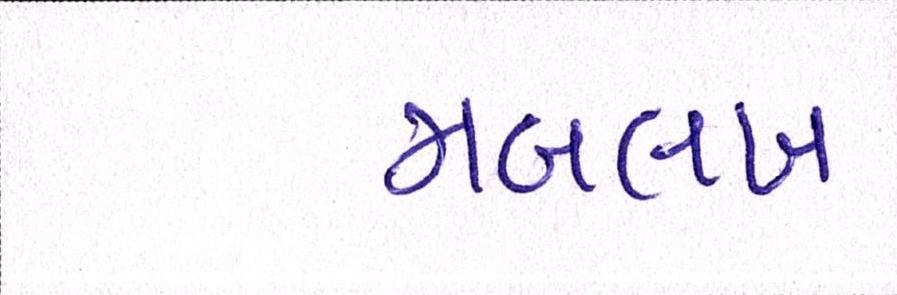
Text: મબલખ